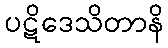
ပဋိဒေသိတာနိ